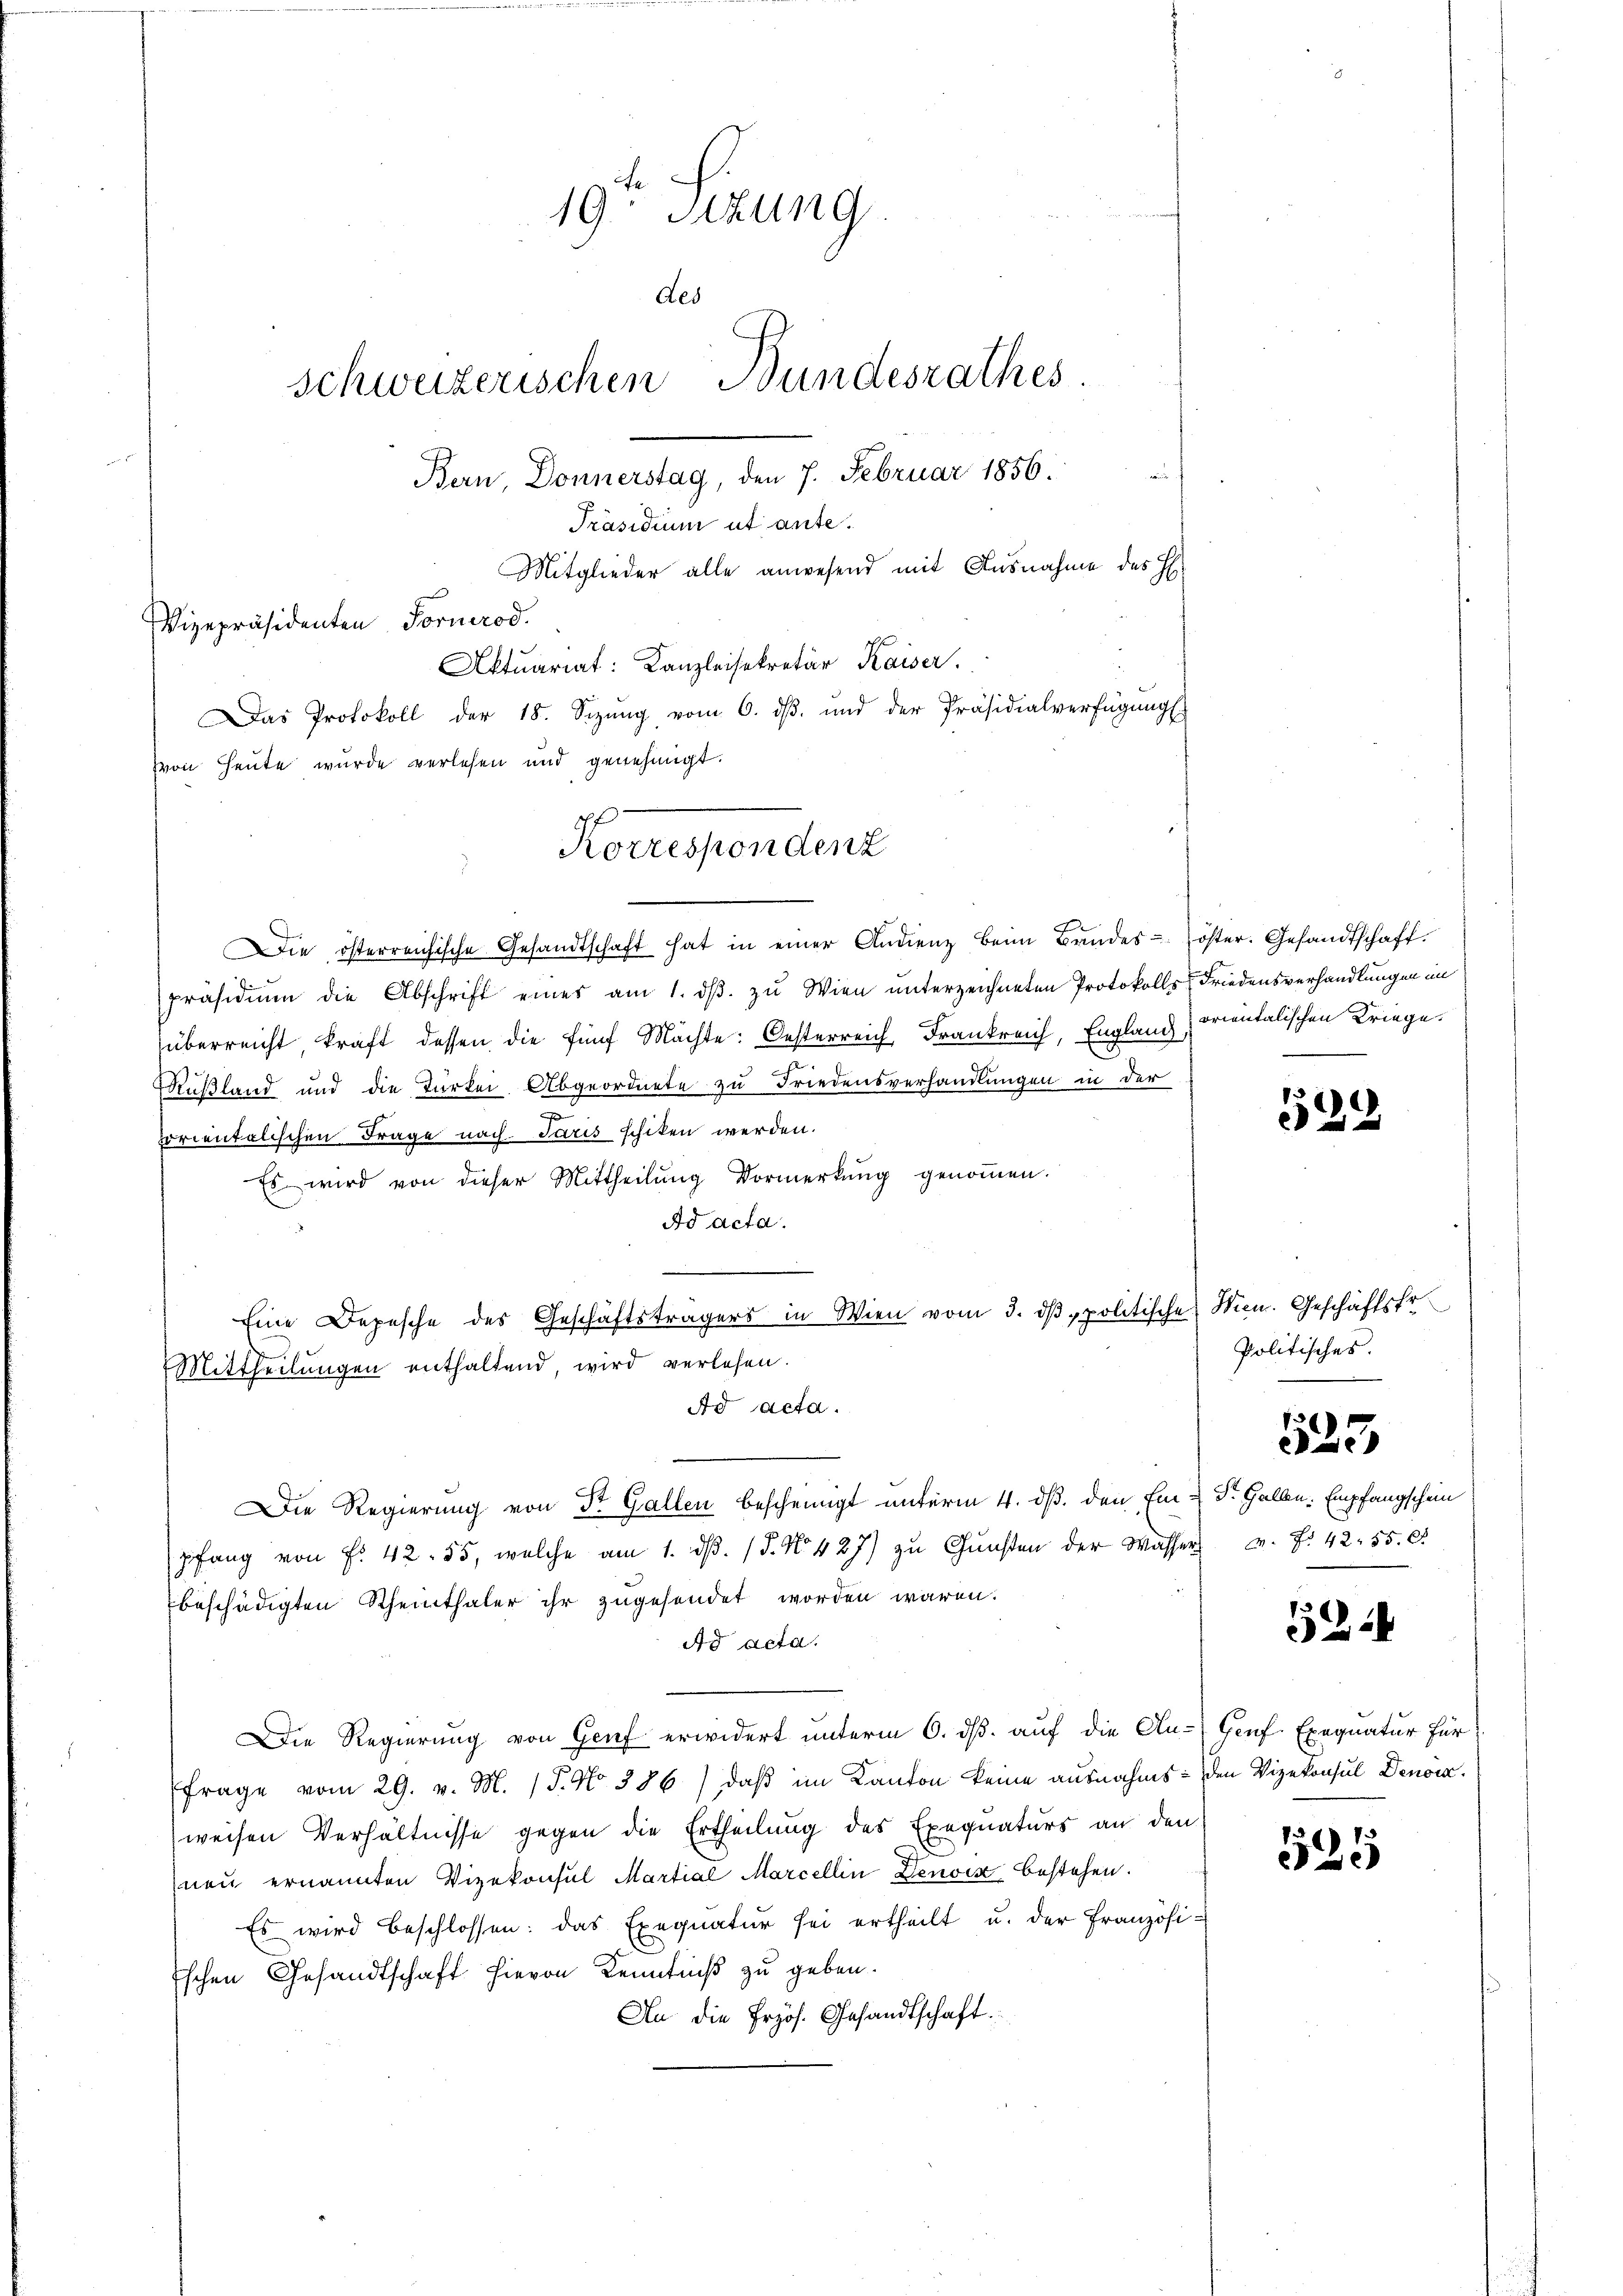
19. Sitzung
des
schweizerischen Bundesrathes
Ban, Donnerstag, den 7. Februar 1856.
Präsidium ut ante.
Mitglieder alle anwesend mit Ausnahme des H.
Vizepräsidenten Formrod.
Aktuariat: Kanzleisekretär Kaiser.
Das Protokoll der 18. Sizŭng vom 6. dβ. und der Präsidialverfügŭngs
von Heute wurde verlesen und genehmigt.

Die österreichische Gesandtschaft hat in einer Andienz beim Bandes öster. Gesandtschaft.
präsidiŭm die Abschrift eines am 1. dβ. zu Wien unterzeichneten Protokolls Friedensverhandlungen im
überreicht kraft dessen die fünf Machte: Oesterreich Frankreich, Englanch , orientalischen Kriege.
Rußland und die Türkei Abgeordnete zu Friedensverhandlungen in der
e
orientalischen Frage nach Paris schiken werden.
Es wird von dieser Mittheilŭng Vormerkŭng genoṁen.
Ad acta.
Eine Depesche des Geschäftsträgers in Wien vom 3. dβ politische Wien. Geschäftsfr
Mittheilŭngen enthaltend, wird verlesen.
Ad acta.
Die Regierung von Dr. Gallen bescheinigt unterm 4. ds. den Ei u Dr. Halben. Empfangschein
pfang von f. 42. 55, welche am 1. dβ. / 5. No. 427) zu Gunsten der Wasserbeschädigten Scheinthaler ihr zugesendet worden wären.
Ad acta.
Die Regierung von Genf erwidert unterm 6. ds. auf die An- Genf. Exequatur für
frage vom 29. v. M. (T. No 386) daß im Kanton keine ausnahms den Vizekonsul Denoia.
weisen Verhältnisse gegen die Ertheilung des Exequaturs an den
neu ernannten Vizekonsul Martial Marcellin Denois bestehen.
Es wird beschlossen: das Exequatur sei ertheilt u. der Französi-
schen Gesandtschaft hievon Kenntniß zu geben.
An die frzös. Gesandtschaft.

Korrespendenz

6
22

Politisches.

523

M. f. 42550

1224

7
25